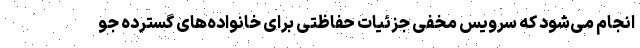
انجام می‌شود که سرویس مخفی جزئیات حفاظتی برای خانواده‌های گسترده جو